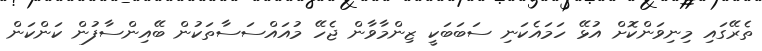
ތެރޭގައި މިނިވަންކޮށް އުޅޭ ހަމައެކަނި ސަބަބަކީ ޒިންމާވާން ޖެހޭ މުއައްސަސާތަކުން ބޭއިންސާފުން ކަންކަން